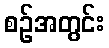
စဉ်အတွင်း